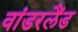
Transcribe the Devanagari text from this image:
वांडरलैंड